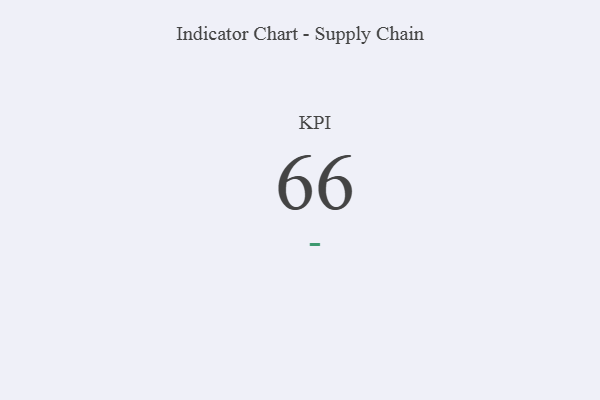
{"axis": {"x": "KPI", "y": "Value"}, "legend": [""], "data": [{"x": "KPI", "y": 66, "type": ""}]}